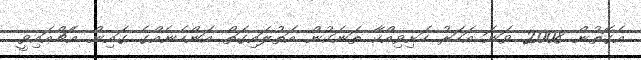
އެގޮތުން 2008 ވަނަ އަހަރު ހަށިވިއްކާ ތަނަކުން އަތުލައިގަތް އަންހެނެއްގެ ގައިން އެޗްއައިވީ